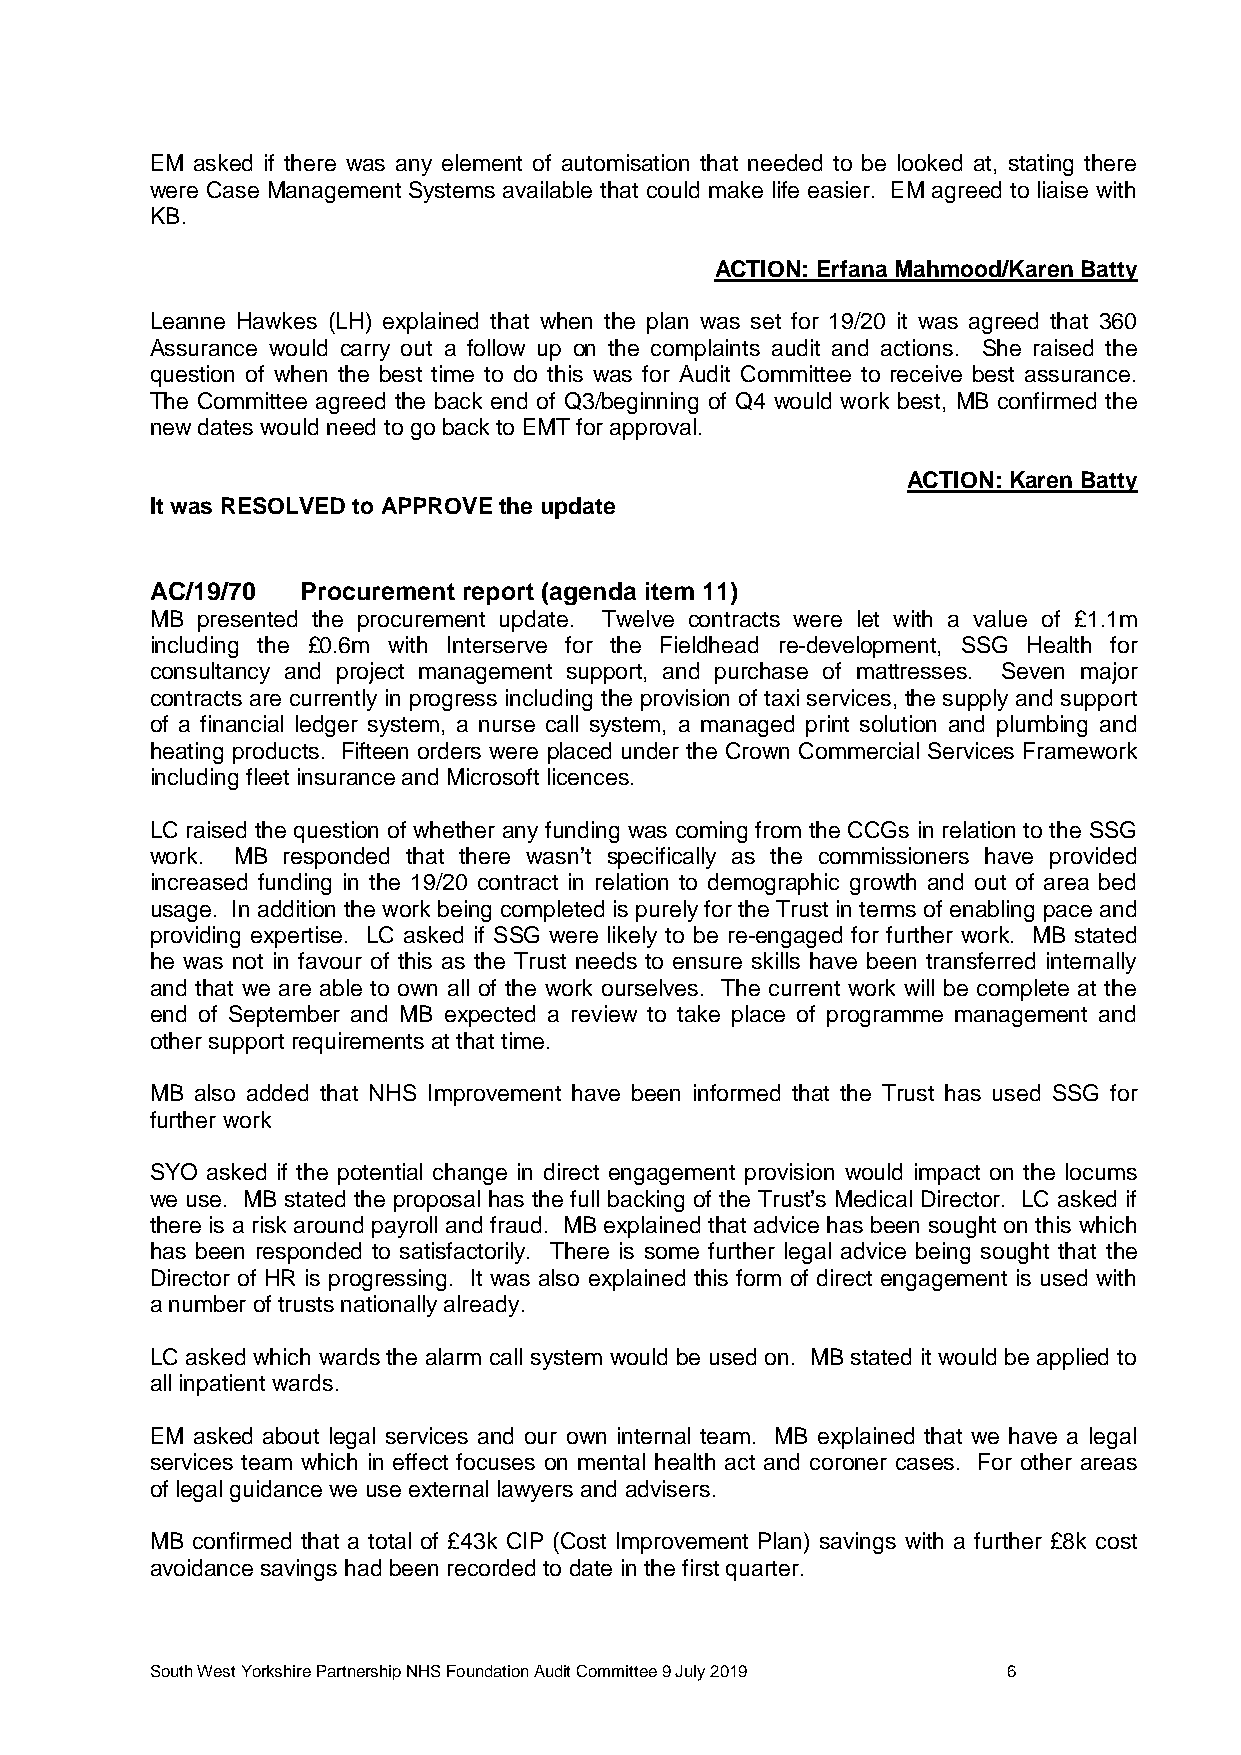
EM asked if there was any element of automisation that needed to be looked at, stating there
 were Case Management Systems available that could make life easier. EM agreed to liaise with
 KB.
 ACTION: Erfana Mahmood/Karen Batty
 Leanne Hawkes (LH) explained that when the plan was set for 19/20 it was agreed that 360
 Assurance would carry out a follow up on the complaints audit and actions. She raised the
 question of when the best time to do this was for Audit Committee to receive best assurance.
 The Committee agreed the back end of Q3/beginning of Q4 would work best, MB confirmed the
 new dates would need to go back to EMT for approval.
 ACTION: Karen Batty
 It was RESOLVED to APPROVE the update
 AC/19/70  Procurement report (agenda item 11)
 MB presented the procurement update. Twelve contracts were let with a value of £1.1m
 including the £0.6m with Interserve for the Fieldhead re-development, SSG Health for
 consultancy and project management support, and purchase of mattresses. Seven major
 contracts are currently in progress including the provision of taxi services, the supply and support
 of a financial ledger system, a nurse call system, a managed print solution and plumbing and
 heating products. Fifteen orders were placed under the Crown Commercial Services Framework
 including fleet insurance and Microsoft licences.
 LC raised the question of whether any funding was coming from the CCGs in relation to the SSG
 work. MB responded that there wasn’t specifically as the commissioners have provided
 increased funding in the 19/20 contract in relation to demographic growth and out of area bed
 usage. In addition the work being completed is purely for the Trust in terms of enabling pace and
 providing expertise. LC asked if SSG were likely to be re-engaged for further work. MB stated
 he was not in favour of this as the Trust needs to ensure skills have been transferred internally
 and that we are able to own all of the work ourselves. The current work will be complete at the
 end of September and MB expected a review to take place of programme management and
 other support requirements at that time.
 MB also added that NHS Improvement have been informed that the Trust has used SSG for
 further work
 SYO asked if the potential change in direct engagement provision would impact on the locums
 we use. MB stated the proposal has the full backing of the Trust’s Medical Director. LC asked if
 there is a risk around payroll and fraud. MB explained that advice has been sought on this which
 has been responded to satisfactorily. There is some further legal advice being sought that the
 Director of HR is progressing. It was also explained this form of direct engagement is used with
 a number of trusts nationally already.
 LC asked which wards the alarm call system would be used on. MB stated it would be applied to
 all inpatient wards.
 EM asked about legal services and our own internal team. MB explained that we have a legal
 services team which in effect focuses on mental health act and coroner cases. For other areas
 of legal guidance we use external lawyers and advisers.
 MB confirmed that a total of £43k CIP (Cost Improvement Plan) savings with a further £8k cost
 avoidance savings had been recorded to date in the first quarter.
 South West Yorkshire Partnership NHS Foundation Audit Committee 9 July 2019 6